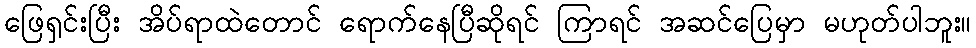
ဖြေရှင်းပြီး အိပ်ရာထဲတောင် ရောက်နေပြီဆိုရင် ကြာရင် အဆင်ပြေမှာ မဟုတ်ပါဘူး။